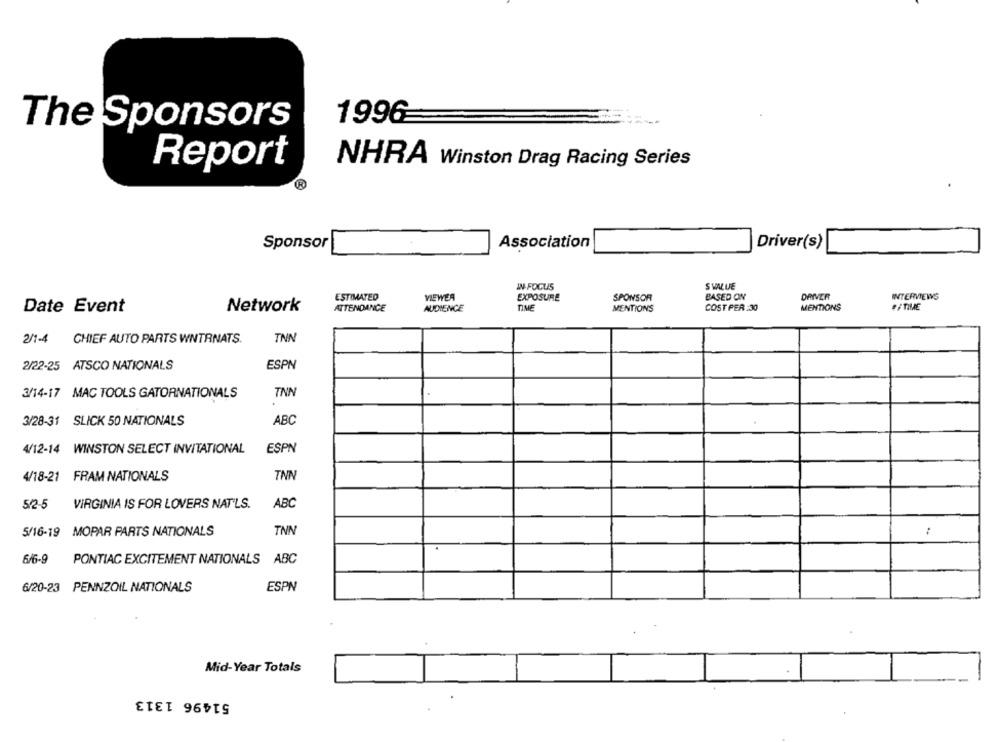
1996
The Sponsors
NHRA Winston Drag Racing Series
Report
Sponsor
Association
Driver(s)
IN- FOCUS
S WALLE
ESTIMATED
VIEWER
EXPOSURE
SPONSOR
BASED ON
DRIVER
INTERVIEWS
Date Event
Network
ATTENDANCE
AUDIENCE
TIME
MENTIONS
COST PER :30
MENTIONS
#/ TIME
217-4
CHIEF AUTO PARTS WNTRNATS.
TNN
2/22-25 ATSCO NATIONALS
ESPN
TNN
3/14-17 MAC TOOLS GATORNATIONALS
3/28-31 SLICK 50 NATIONALS
ABC
4/12-14 WINSTON SELECT INVITATIONAL
ESPN
4/18-21 FRAM NATIONALS
TNN
VIRGINIA IS FOR LOVERS NAT'LS.
ABC
5/2-5
5/16-19 MOPAR PARTS NATIONALS
TNN
:
6/6-9
PONTIAC EXCITEMENT NATIONALS ABC
6/20-23 PENNZOIL NATIONALS
ESPN
Mid-Year Totals
51496 1313